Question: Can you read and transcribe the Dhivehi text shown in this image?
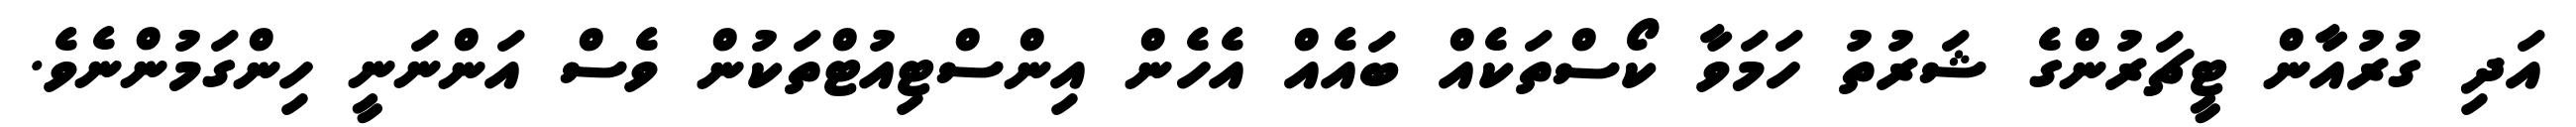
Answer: އަދި ގުރުއާން ޓީޗަރުންގެ ޝަރުތު ހަމަވާ ކޯސްތަކެއް ބައެއް އެހެން އިންސްޓިއުޓްތަކުން ވެސް އަންނަނީ ހިންގަމުންނެވެ.